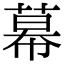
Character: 幕